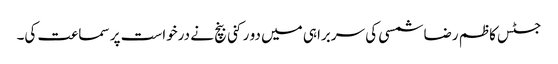
جسٹس کاظم رضا شمسی کی سربراہی میں دو رکنی بنچ نے درخواست پر سماعت کی۔